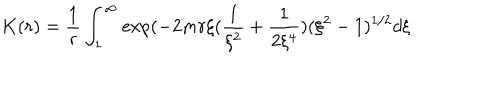
LaTeX: K ( r ) = \frac { 1 } { r } \int _ { 1 } ^ { \infty } \exp ( - 2 m r \xi ( \frac { 1 } { \xi ^ { 2 } } + \frac { 1 } { 2 \xi ^ { 4 } } ) ( \xi ^ { 2 } - 1 ) ^ { 1 / 2 } d \xi